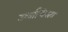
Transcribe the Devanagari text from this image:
उर्ध्वाधिरता